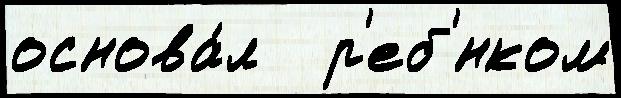
основа́л   р'еб'́нком